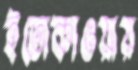
ইতোকাওয়ায়